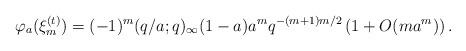
LaTeX: \begin{align*}\varphi_{a}(\xi_{m}^{(t)})=(-1)^{m}(q/a;q)_{\infty}(1-a)a^{m}q^{-(m+1)m/2}\left(1+O(ma^{m})\right).\end{align*}